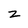
Character: z